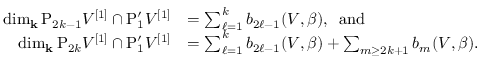
\begin{array} { r l } { \dim _ { \mathbf { k } } \mathrm { P } _ { 2 k - 1 } V ^ { [ 1 ] } \cap \mathrm { P } _ { 1 } ^ { \prime } V ^ { [ 1 ] } } & { = \sum _ { \ell = 1 } ^ { k } b _ { 2 \ell - 1 } ( V , \beta ) , \; \; \mathrm { a n d } } \\ { \dim _ { \mathbf { k } } \mathrm { P } _ { 2 k } V ^ { [ 1 ] } \cap \mathrm { P } _ { 1 } ^ { \prime } V ^ { [ 1 ] } } & { = \sum _ { \ell = 1 } ^ { k } b _ { 2 \ell - 1 } ( V , \beta ) + \sum _ { m \geq 2 k + 1 } b _ { m } ( V , \beta ) . } \end{array}